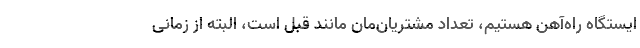
ایستگاه راه‌آهن هستیم، تعداد مشتریان‌مان مانند قبل است، البته از زمانی